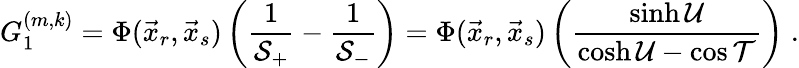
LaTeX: G_{1}^{(m,k)}=\Phi(\vec{x}_{r},\vec{x}_{s})\left(\frac{1}{\mathcal{S}_{+}}-\frac{1}{\mathcal{S}_{-}}\right)=\Phi(\vec{x}_{r},\vec{x}_{s})\left(\frac{\sinh\mathcal{U}}{\cosh\mathcal{U}-\cos\mathcal{T}}\right)\; .